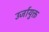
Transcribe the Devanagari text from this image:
उर्जायुक्त